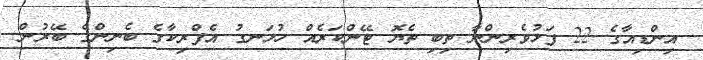
އިންޑިއާގެ 22 ފަޅުވެރިންނާ ތިބި ތެޔޮ ޓޭންކަރެއް ހުޅަނގު އެފްރިކާގެ ބެނިންގެ ބޭރުން